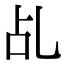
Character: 乩